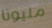
مليونا